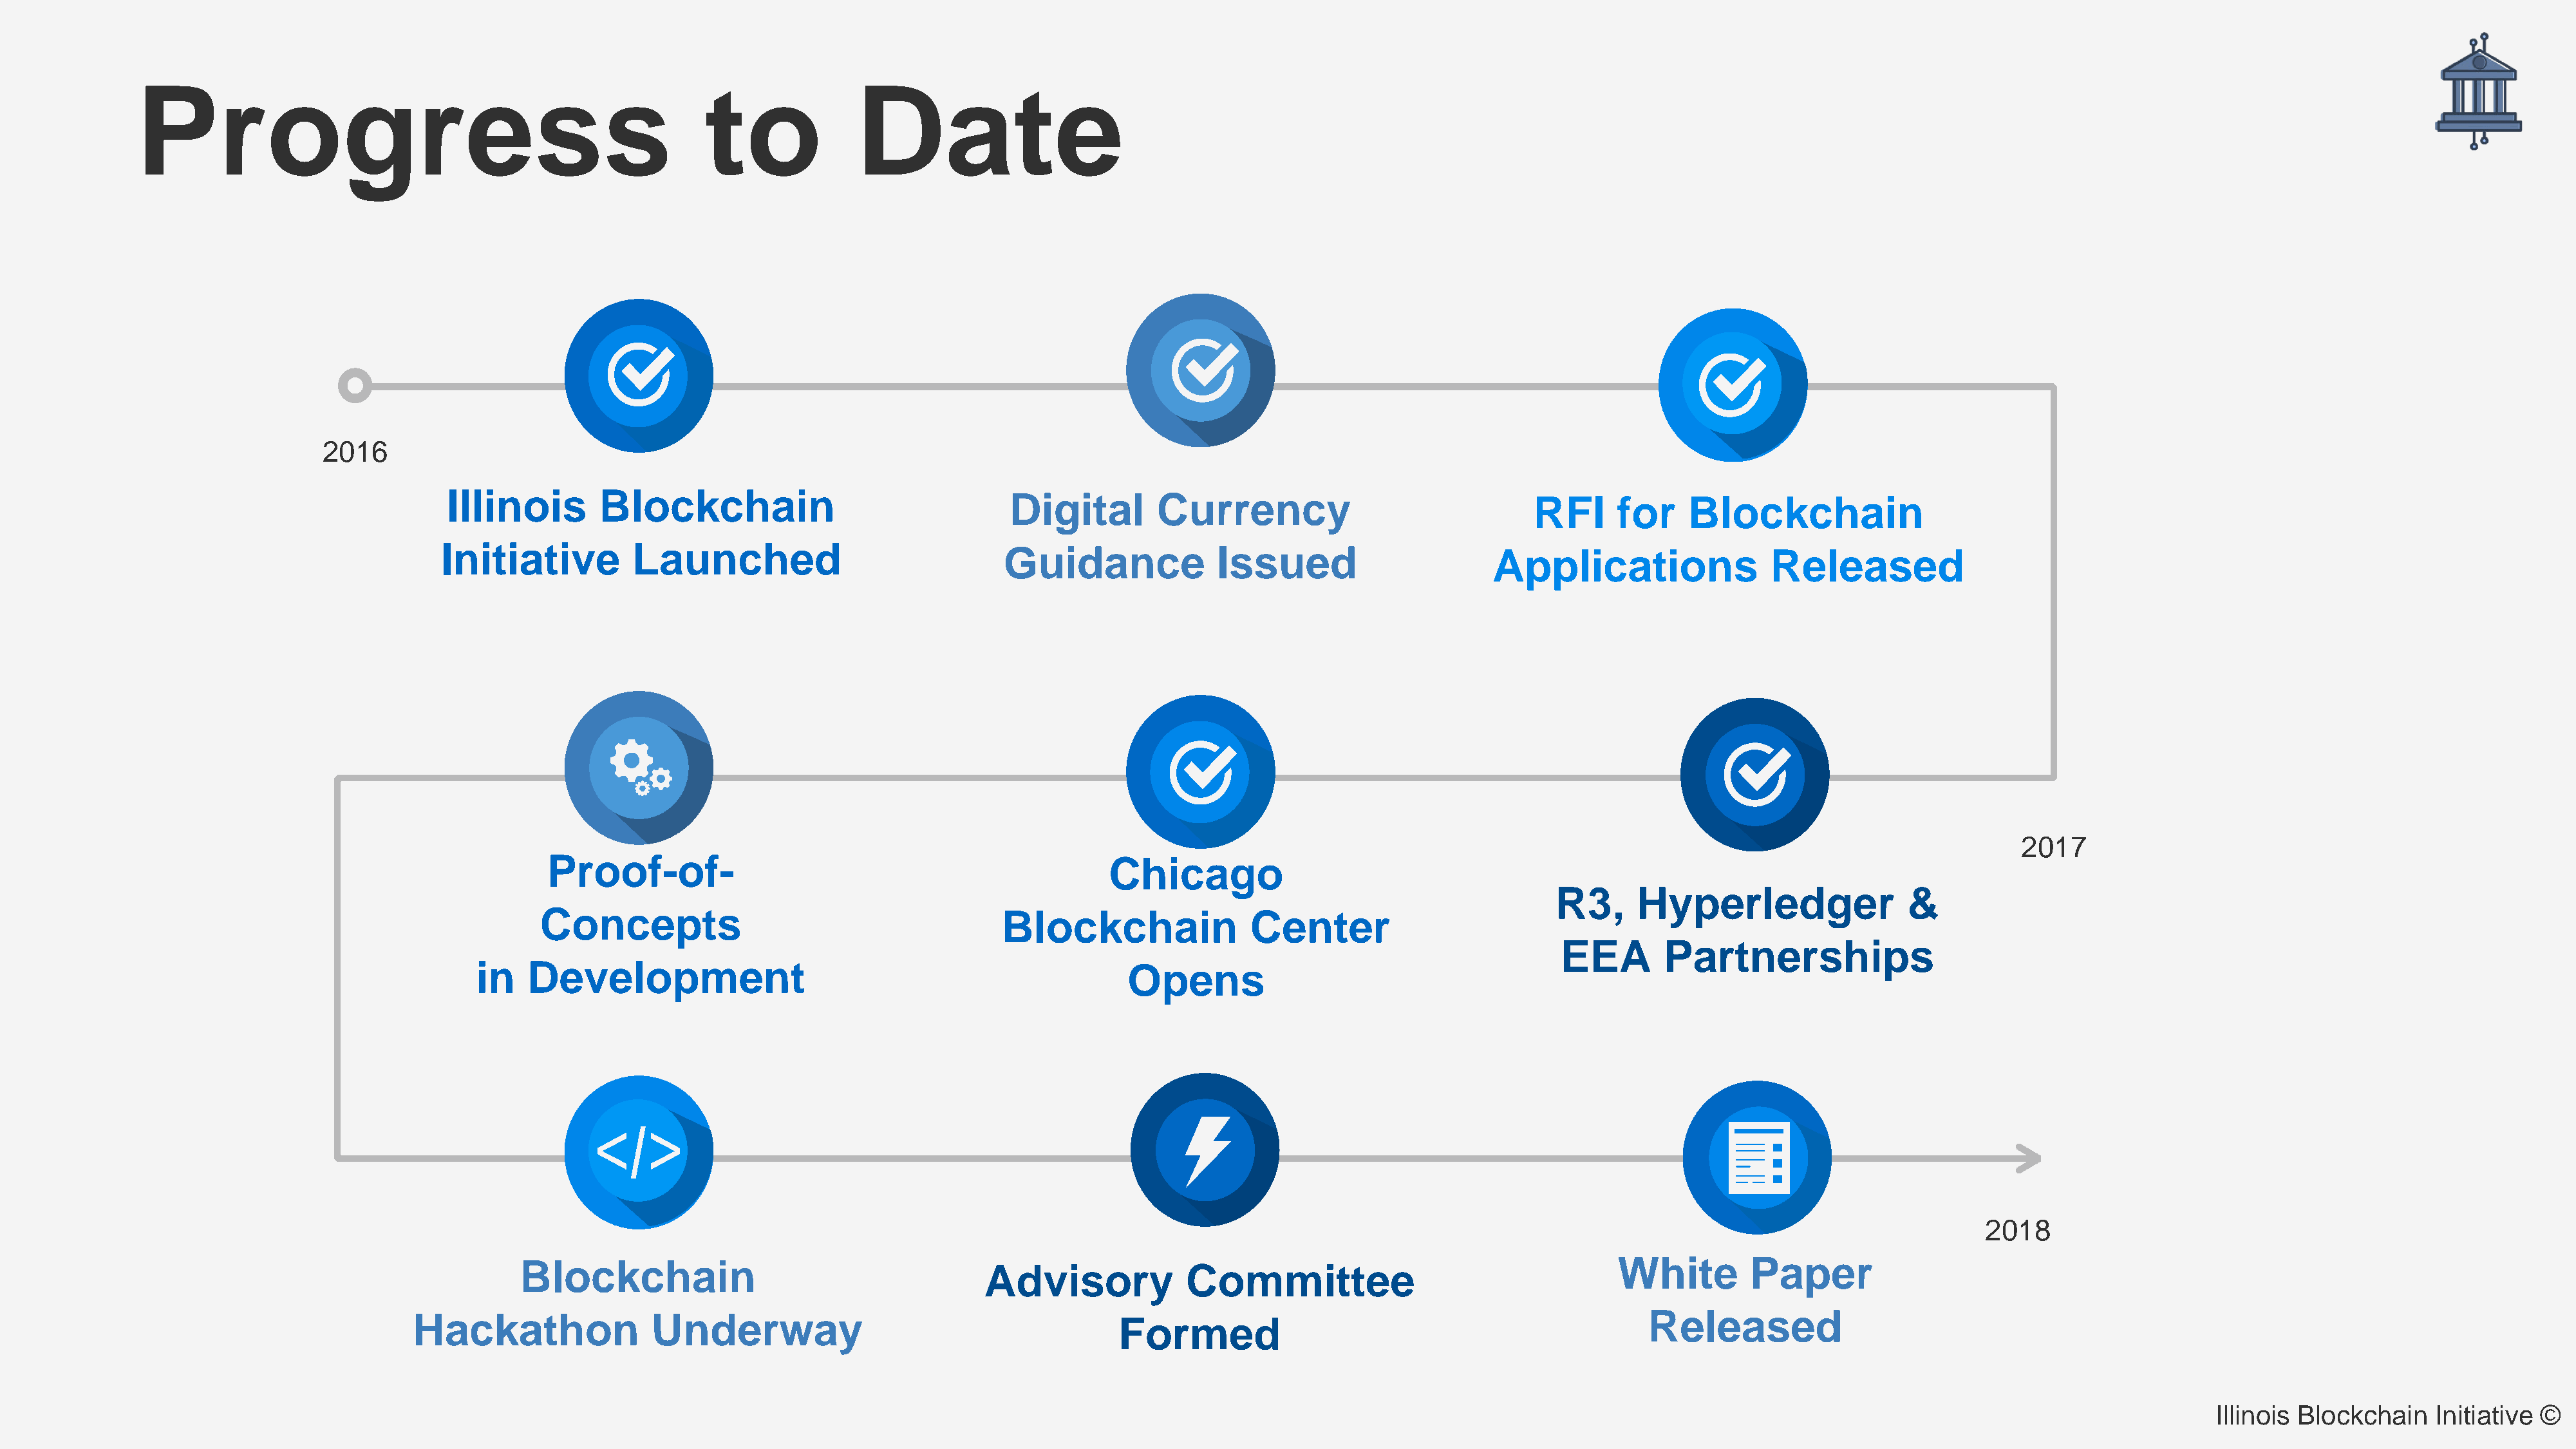
Progress                                                   to             Date
 2016
 Illinois        Blockchain                                Digital        Currency                               RFI     for     Blockchain
 Initiative          Launched                              Guidance              Issued                      Applications                 Released
 2017
 Proof-of-                                                 Chicago
 R3,     Hyperledger                 &
 Concepts                                        Blockchain                Center
 EEA        Partnerships
 in   Development                                                   Opens
 2018
 Blockchain                                                                                                       White         Paper
 Advisory             Committee
 Hackathon                Underway
 Formed
 Released
 Illinois Blockchain   Initiative ©